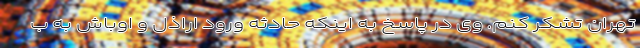
تهران تشکر کنم. وی در پاسخ به اینکه حادثه ورود اراذل و اوباش به ب